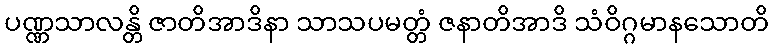
ပဏ္ဏသာလန္တိ ဇာတိအာဒိနာ သာသပမတ္တံ ဇနာတိအာဒိ သံဝိဂ္ဂမာနသောတိ